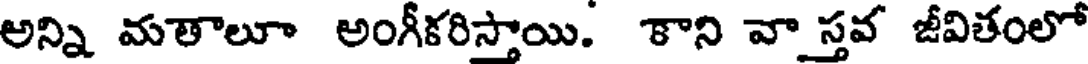
అన్ని మతాలూ అంగీకరిస్తాయి. కాని వా స్తవ జీవితంలో